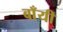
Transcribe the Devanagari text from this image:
बाँयीं